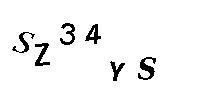
SZ34YS